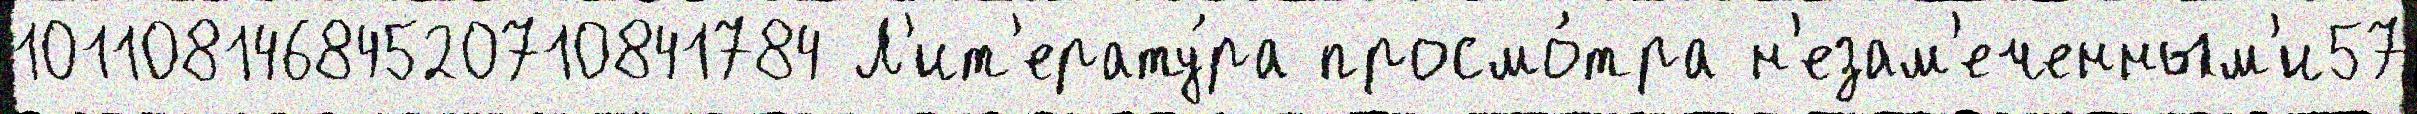
10110814684520710841784 Л'ит'ерату́ра просмо́тра н'езам'еченным'и57